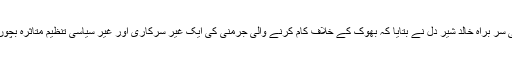
قدرتی آفات کے مقابلے کے لئے بنائے گئے قومی ادارے این ڈی ایم اے کے صوبائی سر براہ خالد شیر دل نے بتایا کہ بھوک کے خلاف کام کرنے والی جرمنی کی ایک غیر سرکاری اور غیر سیاسی تنظیم متاثرہ بچوں کو خوراک کی فراہمی کے سلسلے میں بہت قابل تعریف خدمات انجام دے رہی ہے۔